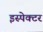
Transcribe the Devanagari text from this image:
इस्पेक्टर